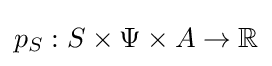
p_{S}:S\times \Psi \times A\to \mathbb {R}